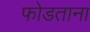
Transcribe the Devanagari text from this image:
फोडताना